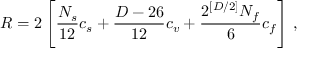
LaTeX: R = 2 \left[ \frac { N _ { s } } { 1 2 } c _ { s } + \frac { D - 2 6 } { 1 2 } c _ { v } + \frac { 2 ^ { [ D / 2 ] } N _ { f } } { 6 } c _ { f } \right] \, ,